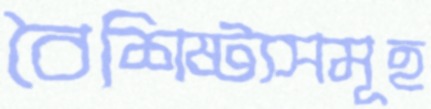
বৈশিষ্ট্যসমূহ